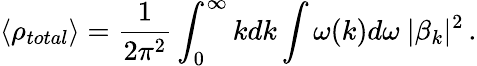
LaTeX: \langle\rho_{total}\rangle=\frac{1}{2\pi^{2}}\int_{0}^{\infty}kdk\int\omega(k)d\omega~|\beta_{k}|^{2}\, .